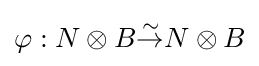
\varphi :N\otimes B{\overset {\sim }{\to }}N\otimes B